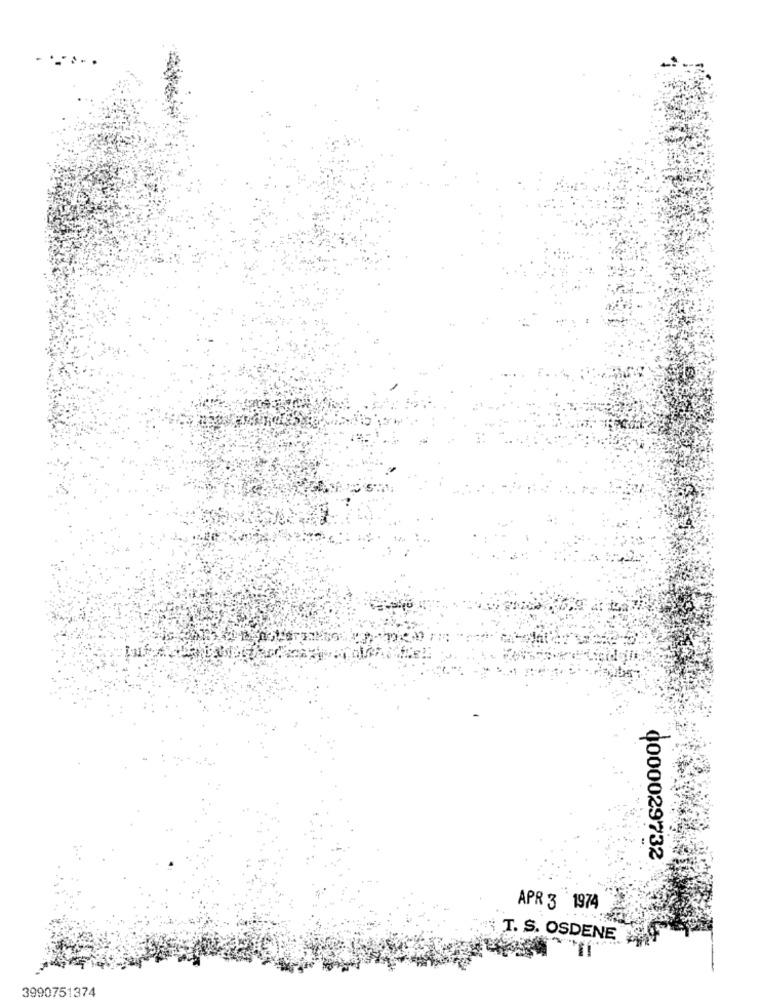
...
0000029732
APR 3 1974
T. S. OSDENE
3990751374